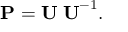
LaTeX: \mathbf { P } = \mathbf { U \Sigma U } ^ { - 1 } .